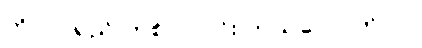
ဘိလပ်ရည် တစ် ပုလင်း ဘယ်လောက်လဲ။